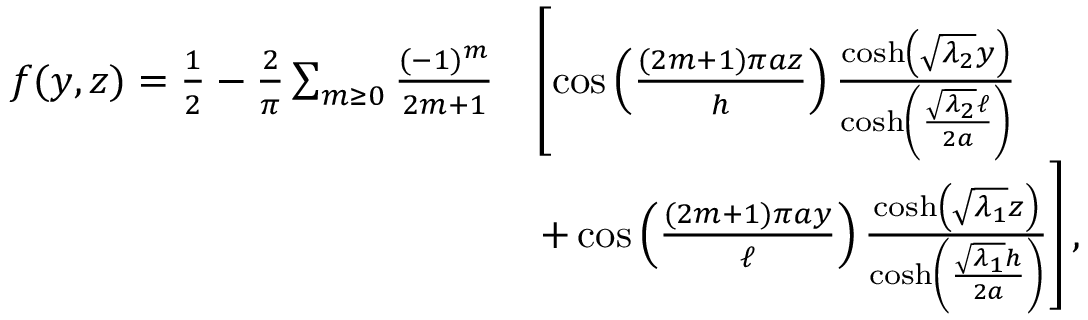
\begin{array} { r l } { f ( y , z ) = \frac { 1 } { 2 } - \frac { 2 } { \pi } \sum _ { m \geq 0 } \frac { ( - 1 ) ^ { m } } { 2 m + 1 } } & { \left[ \cos \left( \frac { ( 2 m + 1 ) \pi a z } { h } \right) \frac { \cosh \left( \sqrt { \lambda _ { 2 } } y \right) } { \cosh \left( \frac { \sqrt { \lambda _ { 2 } } \ell } { 2 a } \right) } \right. } \\ & { \left. + \cos \left( \frac { ( 2 m + 1 ) \pi a y } { \ell } \right) \frac { \cosh \left( \sqrt { \lambda _ { 1 } } z \right) } { \cosh \left( \frac { \sqrt { \lambda _ { 1 } } h } { 2 a } \right) } \right] , } \end{array}